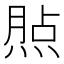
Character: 𤋧